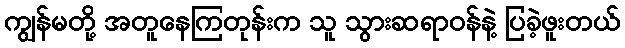
ကျွန်မတို့ အတူနေကြတုန်းက သူ သွားဆရာဝန်နဲ့ ပြခဲ့ဖူးတယ်